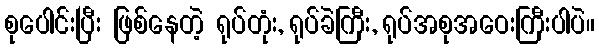
စုပေါင်းပြီး ဖြစ်နေတဲ့ ရုပ်တုံး, ရုပ်ခဲကြီး, ရုပ်အစုအဝေးကြီးပါပဲ။